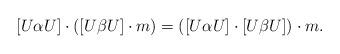
LaTeX: \begin{align*} [U \alpha U] \cdot ( [U \beta U] \cdot m) = ([U \alpha U] \cdot [U \beta U] ) \cdot m. \end{align*}